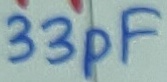
Text: 33pF